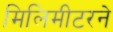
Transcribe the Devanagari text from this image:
मिलिमीटरने